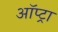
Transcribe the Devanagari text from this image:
ऑप्ट्रा